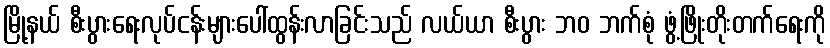
မြို့နယ် စီးပွားရေးလုပ်ငန်းများပေါ်ထွန်းလာခြင်းသည် လယ်ယာ စီးပွား ဘဝ ဘက်စုံ ဖွံ့ဖြိုးတိုးတက်ရေးကို